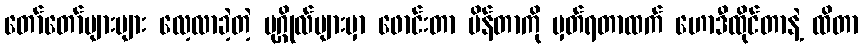
တော်တော်များများ လေ့လာခဲ့တဲ့ ပုဂ္ဂိုလ်များမှာ ဖောင်းတာ ပိန်တာကို မှတ်ရတာထက် ဟောဒီထိုင်တာနဲ့ ထိတာ